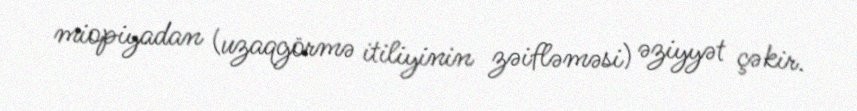
miopiyadan (uzaqgörmə itiliyinin zəifləməsi) əziyyət çəkir.